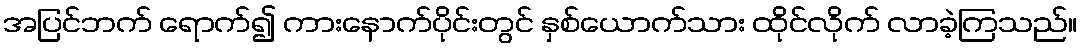
အပြင်ဘက် ရောက်၍ ကားနောက်ပိုင်းတွင် နှစ်ယောက်သား ထိုင်လိုက် လာခဲ့ကြသည်။